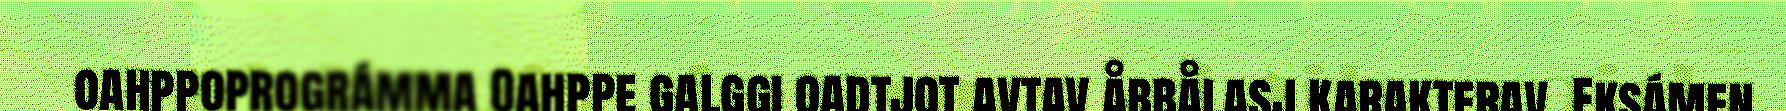
oahppoprográmma Oahppe galggi oadtjot avtav åbbålasj karakterav. Eksámen